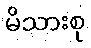
မိသားစု